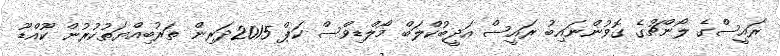
ރައީސްގެ ލޯންޗުގެ ގޮވުންނައިބު ރައީސް އަދީބުކްލަބް މޯލްޑިވްސް ކަޕް 2015ދަރިން ތަރުބިއްޔަތުކުރުން ކޫއްޑޫ